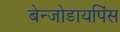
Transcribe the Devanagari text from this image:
बेन्जोडायपिंस